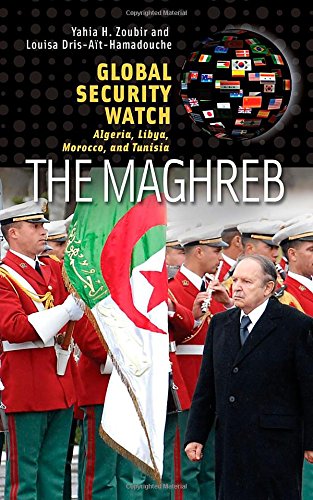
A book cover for Global Security Watch - The Maghreb: Algeria, Libya, Morocco, and Tunisia (Praeger Security International); Yahia H. Zoubir; History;